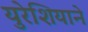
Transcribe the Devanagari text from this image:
युरेशियाने